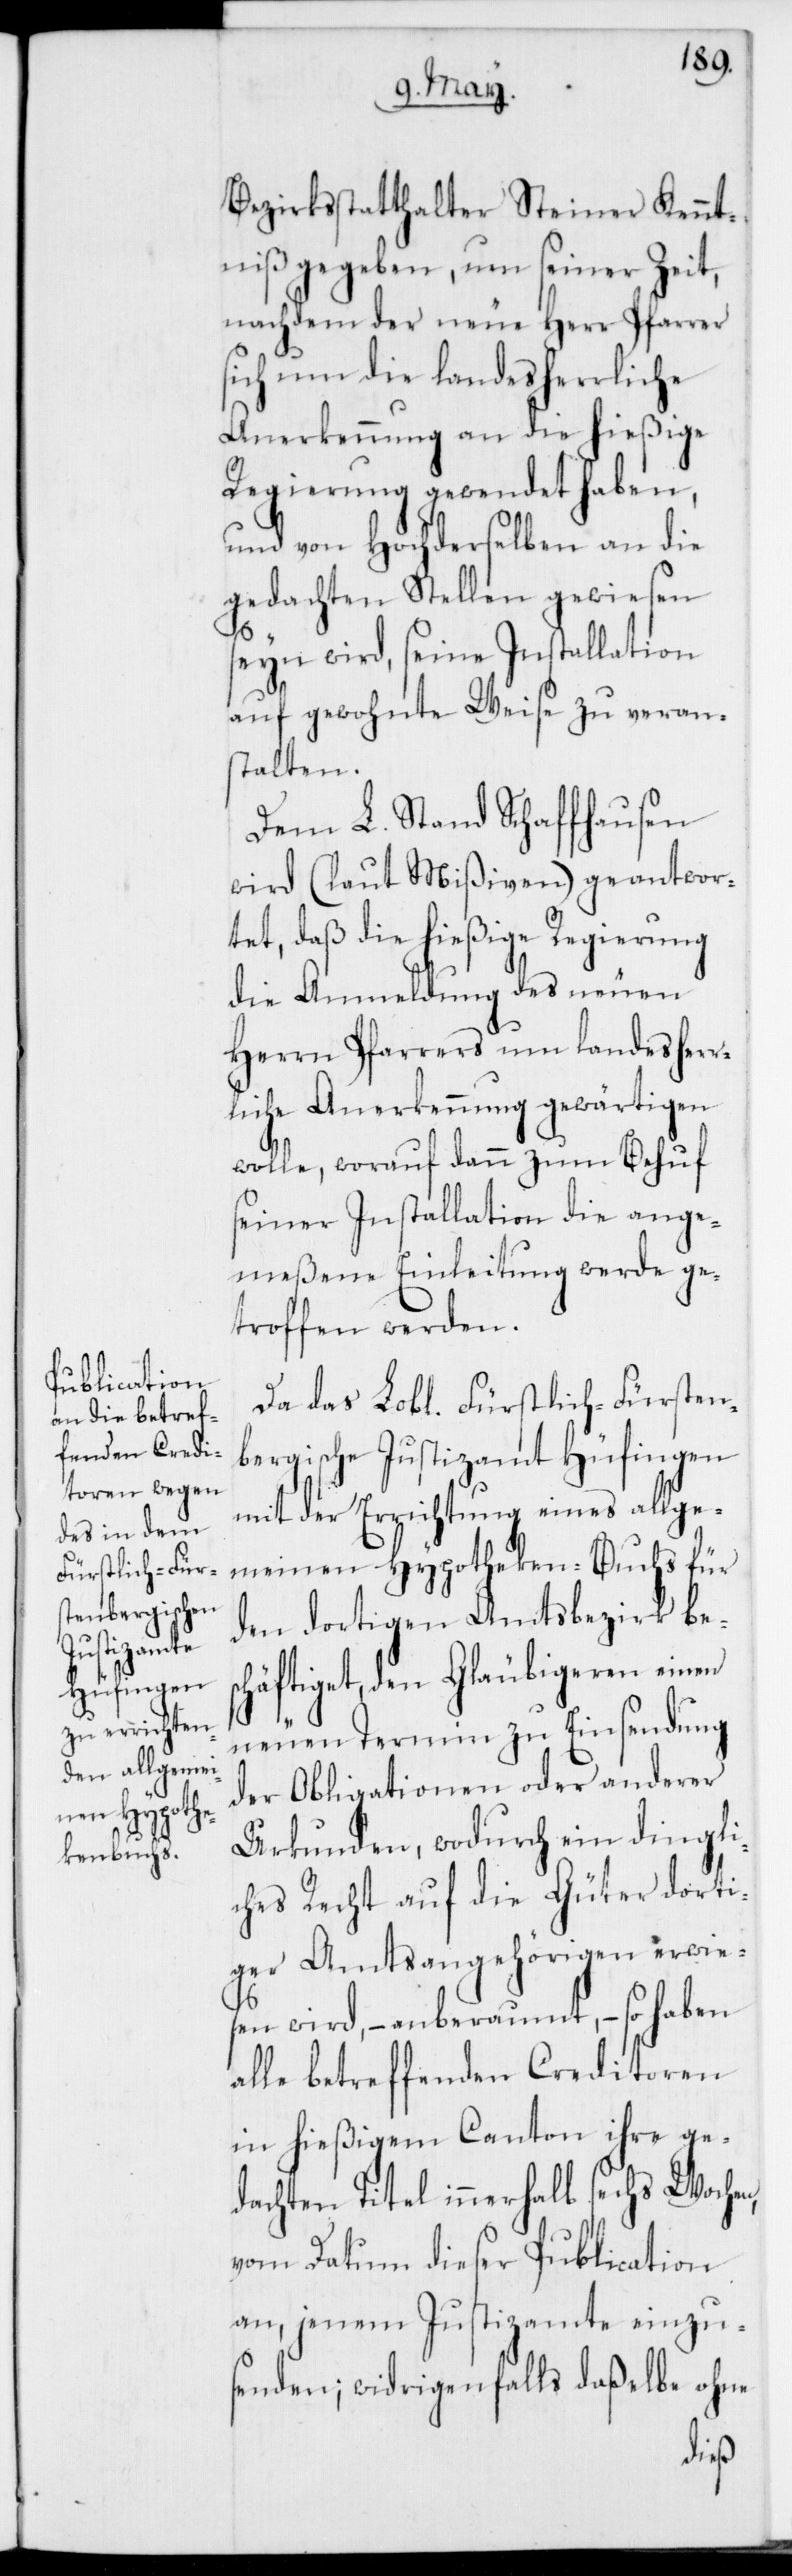
Bezirksstatthalter Steiner Kennt¬
niß gegeben, um seiner Zeit,
nachdem der neue Herr Pfarrer
sich um die landesherrliche
Anerkennung an die hießige
Regierung gewendet haben,
und von Hochderselben an die
gedachten Stellen gewiesen
seyn wird, seine Installation
auf gewohnte Weise zu veran¬
stalten.
Dem L. Stand Schaffhausen
wird (laut Mißiven) geantwor¬
tet, daß die hießige Regierung
die Anmeldung des neuen
Herrn Pfarrers um landesher¬
rliche Anerkennung gewärtigen
wolle, worauf dann zum Behuf
seiner Installation die ange¬
meßene Einleitung werde ge¬
troffen werden.
Da das Lobl. Fürstlich-Fürsten¬
bergische Justizamt Hüfingen
mit der Errichtung eines allge¬
meinen Hypotheken-Buchs für
den dortigen Amtsbezirk bes¬
chäftiget, den Gläubigeren einen
neuen Termin zu Einsendung
der Obligationen oder anderer
Urkunden, wodurch ein dringli¬
ches Recht auf die Güter dorti¬
ger Amtsangehörigen erwie¬
sen wird, – anberaumt, – so haben
alle betreffenden Creditoren
in hießigem Canton ihre ge¬
dachten Titel innerhalb sechs Wochen,
vom Datum dieser Publication
an, jenem Justizamte einzu¬
senden; widrigenfalls daßelbe ohne